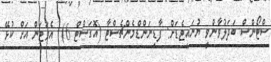
ސްޓޯންސް ބަދަލުވާންވީ ޔުނައިޓެޑަށް: ފާޑިނަންޑްމެންޗެސްޓާ (އޮގަސްޓް 6)  އެވަޓަން އަށް ކުޅޭ